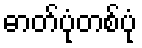
ဓာတ်ပုံတစ်ပုံ